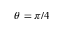
\theta = \pi / 4